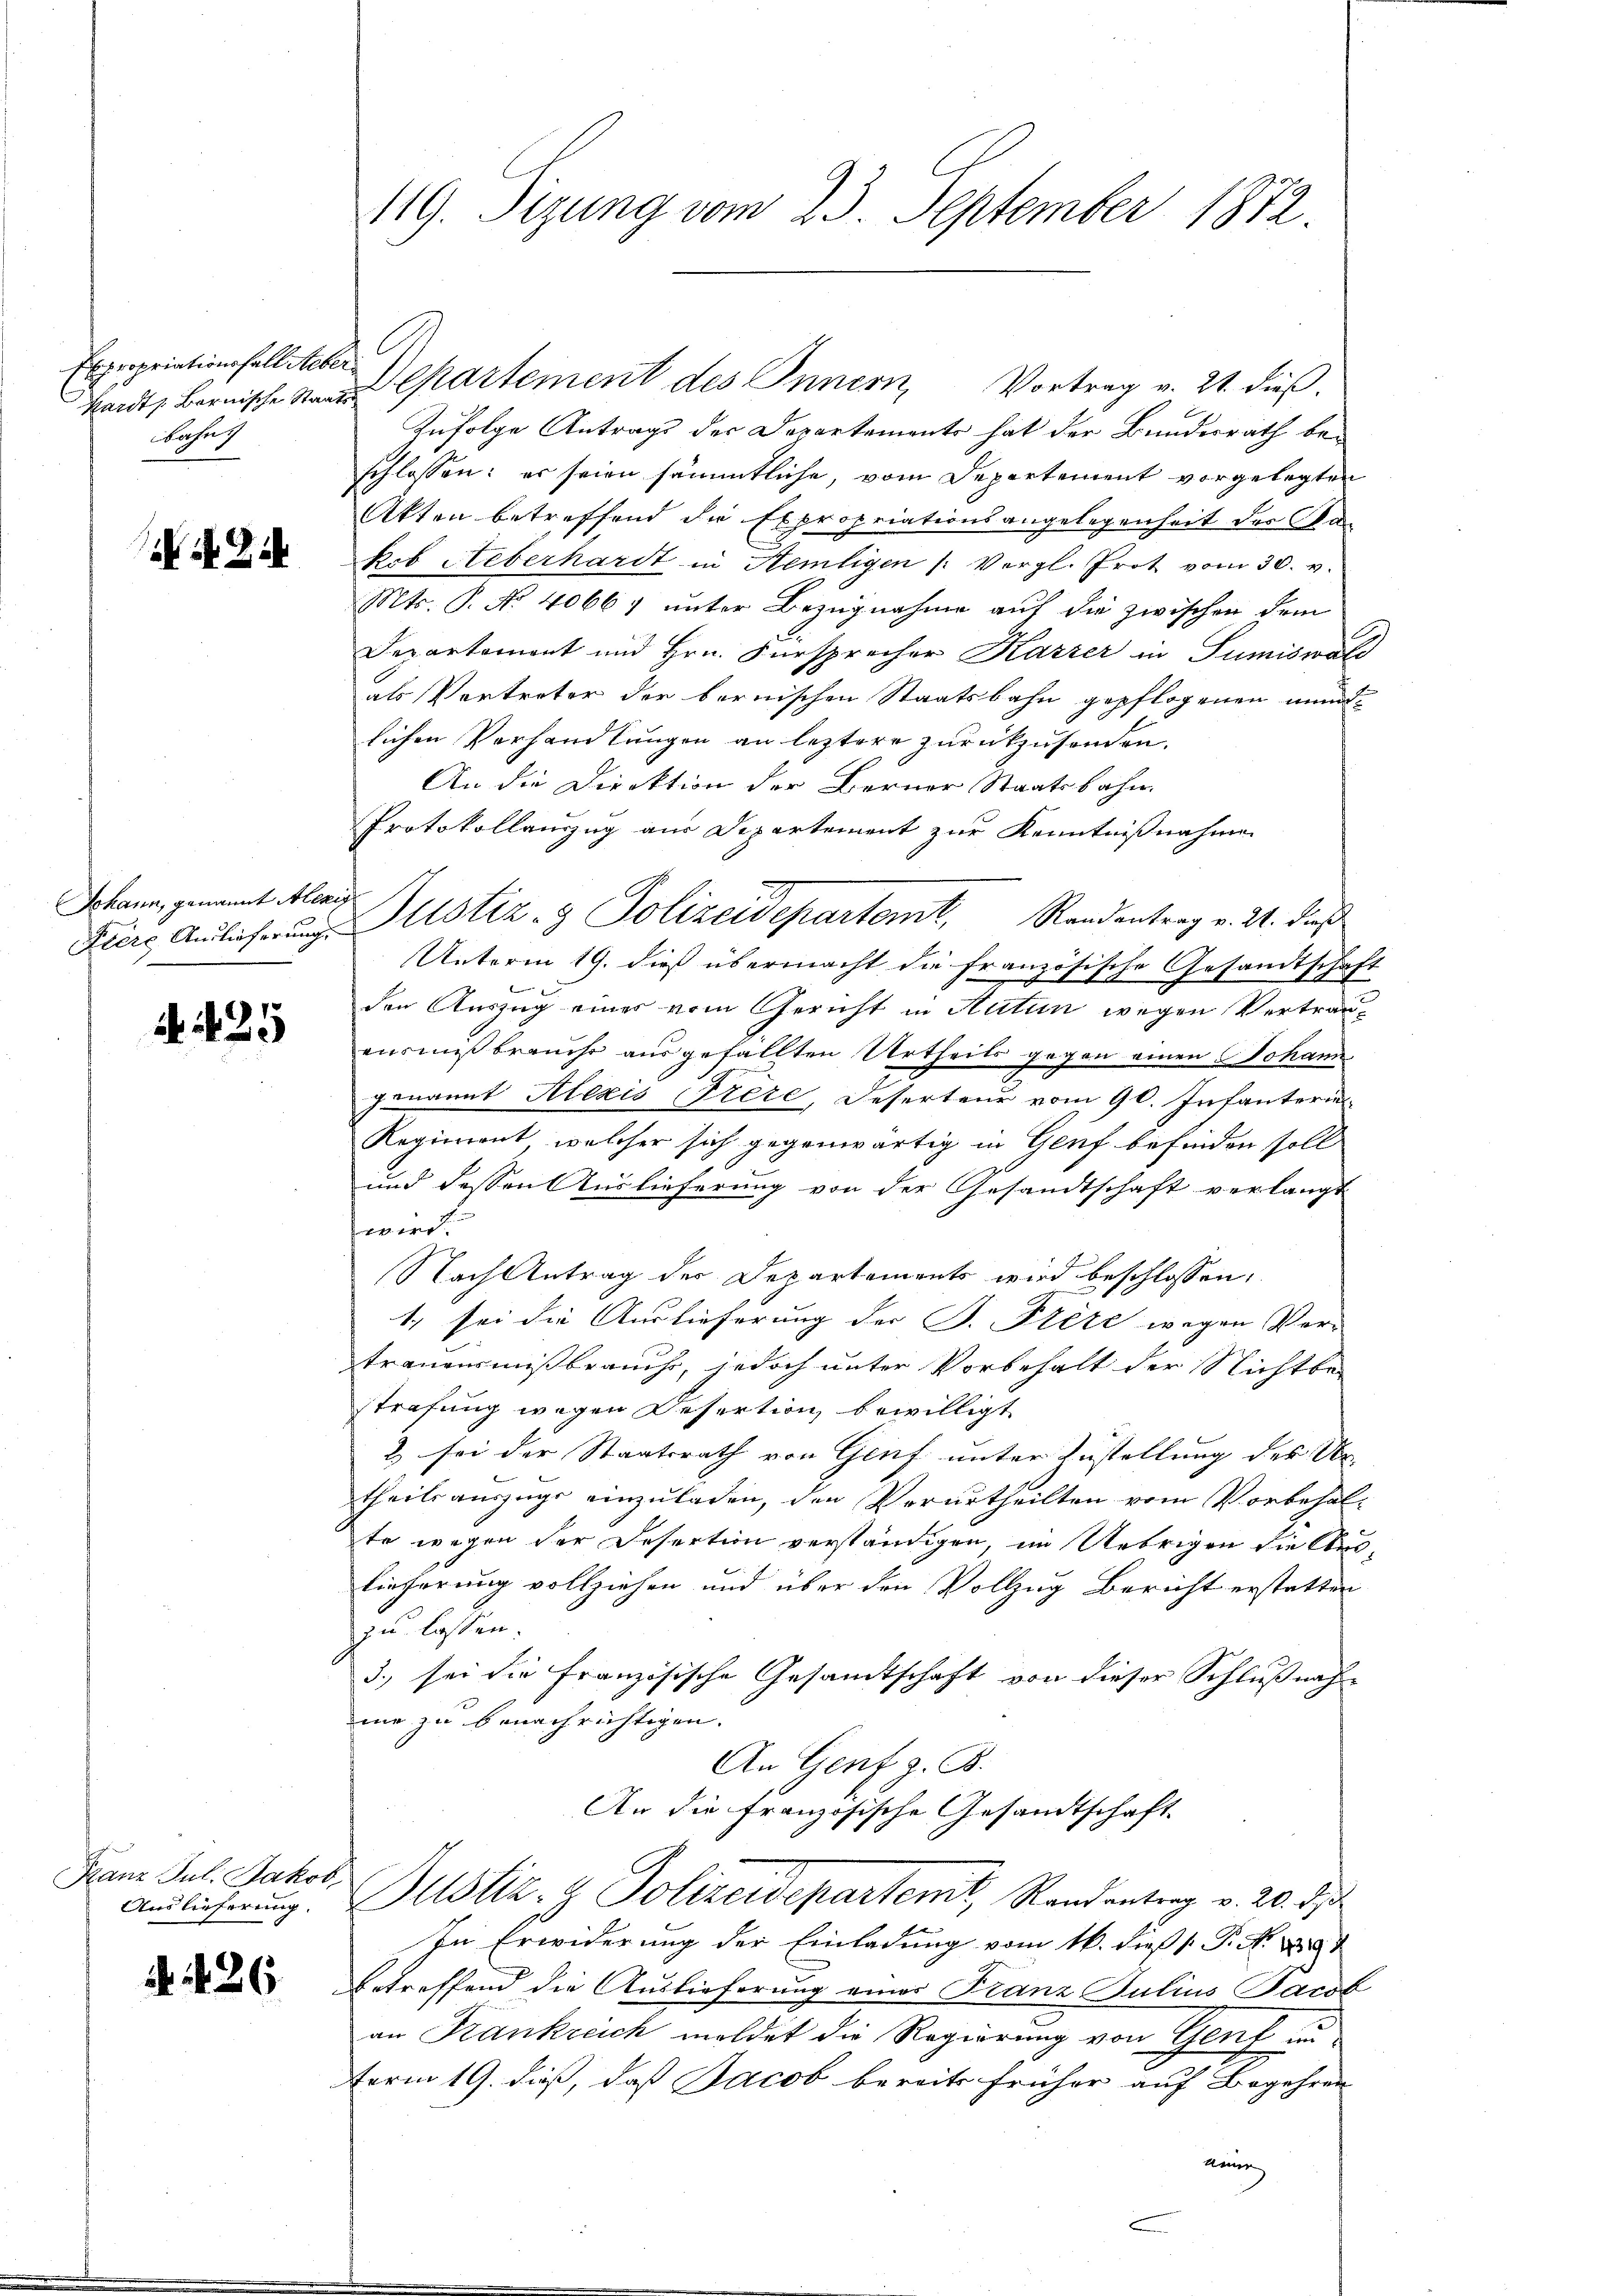
Expropriationsfall Weber
Josef

Johann, genannt Alexig

d. 25

Franz Jul. Jakob
Auslieferung.

426

hardt, Bernische  Cartement des Innern, Vortrag v. 21. dieß.
Zufolge Antrag der Departements hat der Bundesrath beschlossen: es seien sämmtliche, vom Departement vorgelegten
Akten betreffend die Expropriationsangelegenheit des Ka-
Kob Ueberhardt in Aemtigen /: Vergl. Prot vom 30. v.
Mts. P. No 4066) unter Bezugnahme auf die zwischen dem
Departement und Hrn. Fürsprecher Karrer in Sumiswald
als Vertreter der bernischen Staatsbahn gepflogenen mündlichen Verhandlungen an leztere zurückzusenden.
An die Direktion der Berner Staatsbahn
Protokollauszug aus Departement zur Kenntnißnahmen
Fiers Anführŭng Mstiz- & Polizeidepartemt, Randentrag v. 21. daß
Unterm 19. dieß übermacht die französische Gesandtschaft
den Auszug einer vom Gericht in Autun wegen Vertrauausmißbrauche ausgefällten Urtheils gegen einen Johann
genannt Alexis frère, Deserteur vom 9. Infanterin
Regiment, welcher sich gegenwärtig in Genf befinden soll
und dessen Auslieferung von der Gesandtschaft verlangt
wird.
Nach Antrag der Departements wird beschlossen,
1. sei die Auslieferung der J. Pleze wegen Ver-
trauensmißbrauch, jedoch unter Vorbehalt der Nichtbestrafung wegen Desertion bewilligt
2 sei der Staatsrath von Genf unter Zustellung des Urtheilsauszugs einzuladen, den Verurtheilten vom Vorbehalte wegen der Desertion verständigen, im Uebrigen die Aus¬
Lieferung vollziehen und über den Vollzug Bericht erstatten
zu lassen.
3.) sei die französische Gesamtschaft von dieser Schlußnahme zu benachrichtigen.
An Genf z. B.
An die französische Gesandtschaft
Justiz- & Polizeidepartent, Randantrag v. 20. d.
In Erwiderung der Einladung vom 16. dieß P. N. 1819
betreffend die Auslieferung einer Franz Julius Jacob
an Frankreich meldet die Regierung von Genf un
erm 19. dieß, daß Jacob bereits früher auf Begehren
kenne

119. Sizung vom 23. September 1872.